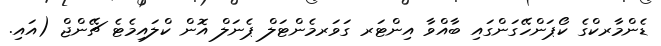
ޑެންމާރކްގެ ކޯޕަންހޭގަންގައި ބާއްވާ އިންޓަރ ގަވަރމެންޓަލް ޕެނަލް އޮން ކްލައިމެޓެ ޗޭންޖް (އައި.